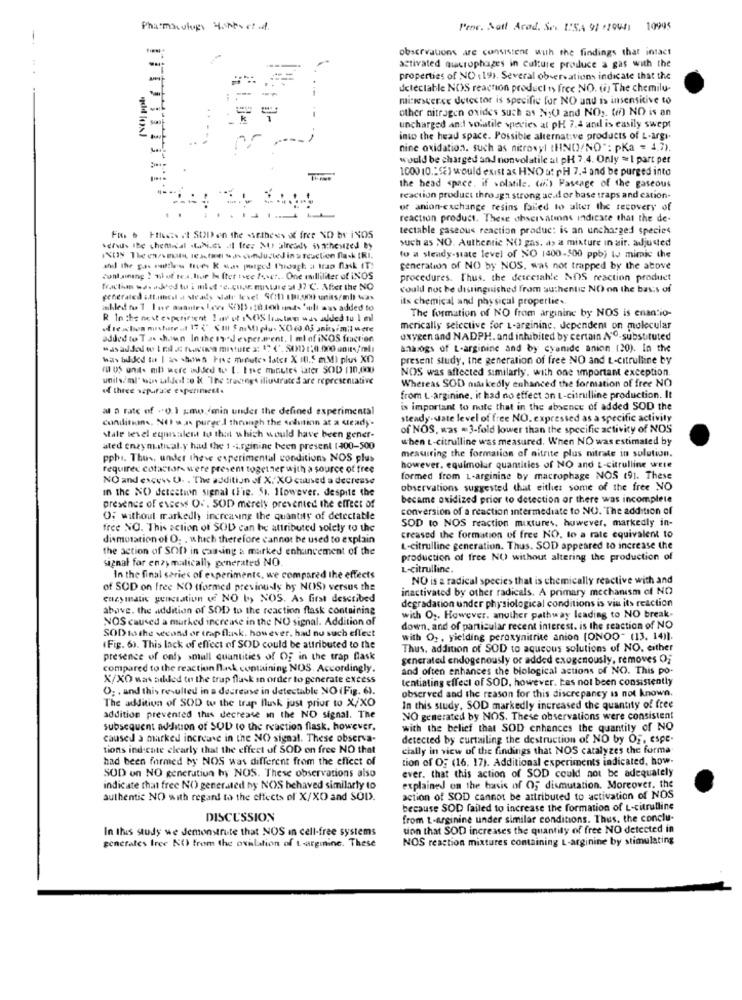
Pharmacology tantostt
Pene. Satt Arad. Sex ISA 91 -1944; 10995
observations are consistent with the findings that intact
activated macrophages in culture produce a gas with the
properties of NO (19). Several observations indicate that the
detectable NOS reaction product is free NO. (! The chemilu-
mitresverce detector is specific for NO and is insensitive to
other nitrogen oxides such as NO and NO2. (in) NO is an
uncharged and1 volatile species at PH 7.4 and is easily swept
into the head space. Possible alternative products of L-argi.
nine oxidation, such as nitrovyl (HNO/NO": pKa = 4.7).
would be charged and nonvolatile at pH 7.4. Only =1 part per
1000 10."2) would exist as HNO at pH 7,4 and be purged into
the head space. if volatile. (if') Faseage of the gaseous
reaction product through strong ac.d or base traps and cation-
or anion-exchange resins failed to alter the recovery of
reaction product. These observations indicate that the de-
tectable gaseous reaction produc: is an uncharged species
. Filesis il SUD en the ssethees of free NO br iNOS
such as NO. Authentic NO gas. d> a mixture in air. adjusted
servus the chemical .tuhi.et al Iter Muy already svacheszed by
fo a steady-state level of NO 1400-500 ppb) to mimic the
and the gas ruitles trees K was purged Cuidagh a trap flask IT!
generation of NO by NOS, was not trapped by the above
containing ! niiof tea.lior he ftet twee fever .. One milliliter of iNOS
procedures. Thus, the detcesable NOS reaction product
could not be distinguished from authentic NO on the basis of
generated att.meil a steady wiatr Ie vet Si ,on) units/mb was
its chemical and physical properties.
The formation of NO from arginine by NOS is enantio-
merically selective for L-arginine. dependent on molecular
added to T as shown In the 1r.J esperarent. I ml of iNOS fraction
oxygen and NADPH. and inhibited by certain Nºº.substituted
analogs of L-arginine and by cyanide anion (20). In the
Was bilded to | in shows Fiat minutes later X in.5 aMI plus XD
present study, the generation of free NO and L-citrulline by
( u. m were added t. I. Inc minutes later SOD 110,000
NOS was affected similarly, with one important exception.
unils/ml' bons Lildod :o & "The tradings illuurate & are representative
14 three separate experiment.
Whereas SOD niaskedly enhanced the formation of free NO
from L-arginine. it had no effect on t-citrulline production. It
at a rate of "0.1 Emwo.min under the defined experimental
is important to note that in the absence of added SOD the
conditions, NEI was purge J through the solution at a steady.
steady-state level of free NO. expressed as a specific activity
of NOS, was = 3-fold lower than the specific activity of NOS
state level equivalent to that which would have been gener-
when L-citrulline was measured. When NO was estimated by
ated enzym.itical.y had the 1 -arginine been present (400-500
pphi. Thus, under theve experimental conditions NOS plus
measuring the formation of nitrite plus nitrate in solution.
requirec cofactors were present together with a source of free
however. equimolar quantities of NO and t-citrulline were
NO and excess U. . The addition of X/XO caused a decrease
formed from L-arginine by macrophage NOS (91. These
in the NO detection signal thie. 51. However. despite the
observations suggested that either some of the free NO
became oxidized prior to detection or there was incomplete
presence of excess Of, SOD merely prevented the effect of
conversion of a reaction intermediate to NU. "The addition of
O; without markedly increasing the quantity of detectable
SOD to NOS reaction mixtures, however, markedly in-
free NO. This action of SOD can be attributed solety to the
dismusation of O. . which therefore cannot be used to explain
creased the formation of free NO, to a rate equivalent to
the action of SOD in causing & marked enhancement of the
L-citrulline generation. Thus. SOD appeared to increase the
signal for enzy matically generated NO.
production of free NO without altering the production of
L-citrulline.
In the final series of experiments, we compared the effects
NO is a radical species that is chemically reactive with and
of SOD on free NO (formed previously by NOS) versus the
inactivated by other radicals. A primary mechanism of NO
culaymatic generation ( NO by NOS. As first described
degradation under physiological conditions is vis its reaction
above. the addition of SOD to the reaction flask containing
NOS caused a marked increase in the NO signal. Addition of
with 0 ;. However, another pathway leading to NO break-
SOD tothe wecond or trap flask. however, had no such effect
down, and of particular recent interest. is the reaction of NO
with 02, yielding peroxynitrite anion (ONOO- (13. 14)1.
(Fig. 6). This lack of effect of SOD could be attributed to the
Thus, addition of SOD to aqueous solutions of NO, either
presence of only small quantities of OF in the trap flask
generated endogenously or added exogenously, removes O;
compared to the reaction fusk containing NOS. Accordingly.
and often enhances the biological actions of NO. This po-
X/XO was added to the trap flask in order to generate excess
lentiating effect of SOD, however, tas not been consistently
O; . and this resulted in a decrease in detectable NO (Fig. 6).
The addition of SOD to the trap flusk just prior to X/XO
observed and the reason for this discrepancy is not known.
In this study, SOD markedly increased the quantity of free
addition prevented this decrease in the NO signal. The
NO generated by NOS. These observations were consistent
subsequent addition of SOD to the reaction flask. however.
with the belief that SOD enhances the quantity of NO
caused a marked increase in the NO signal. These observa-
detected by curtailing the destruction of NO by OF, espe-
tions ind cate clearly that the effect of SOD on free NO that
cially in view of the findings that NOS catalyzes the forma
had been formed by NOS was different from the effect of
tion of OF (16. 17). Additional experiments indicated, how-
SOD on NO generation hy NOS. These observations also
ever. that this action of SOD could not be adequately
indicate that free NO) generated by NOS behaved similarly to
explained on the basis of O; dismutation. Moreover, the
authentic NO with regard to the effects of X/XO and SOD.
action of SOD cannot be attributed to activation of NOS
because SOD failed to increase the formation of L-citrulline
DISCUSSION
from L-arginine under similar conditions. Thus, the conclu-
In this study we demonstrute that NOS in cell-free systems
tion that SOD increases the quantity of free NO detected in
generales free NO from the oxilation of t -arginine. These
NOS reaction mixtures containing L-arginine by stimulating